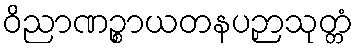
ဝိညာဏဉ္စာယတနပဉှာသုတ္တံ